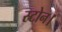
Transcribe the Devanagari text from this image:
स्टोन।